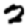
Digit: 2